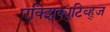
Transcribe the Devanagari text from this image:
एक्झिक्युटिव्ह्ज